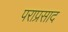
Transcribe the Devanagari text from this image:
पराप्रसाद